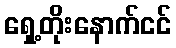
ရှေ့တိုးနောက်ငင်